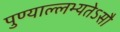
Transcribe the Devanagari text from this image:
पुण्याल्लभ्यतेऽसौ